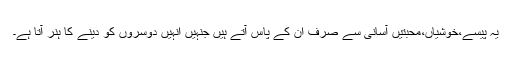
یہ پیسے،خوشیاں،محبتیں آسانی سے صرف ان کے پاس آتے ہیں جنہیں انہیں دوسروں کو دینے کا ہنر آتا ہے۔